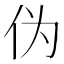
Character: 伪